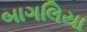
બાગલિયા